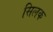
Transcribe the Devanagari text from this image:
सिलक